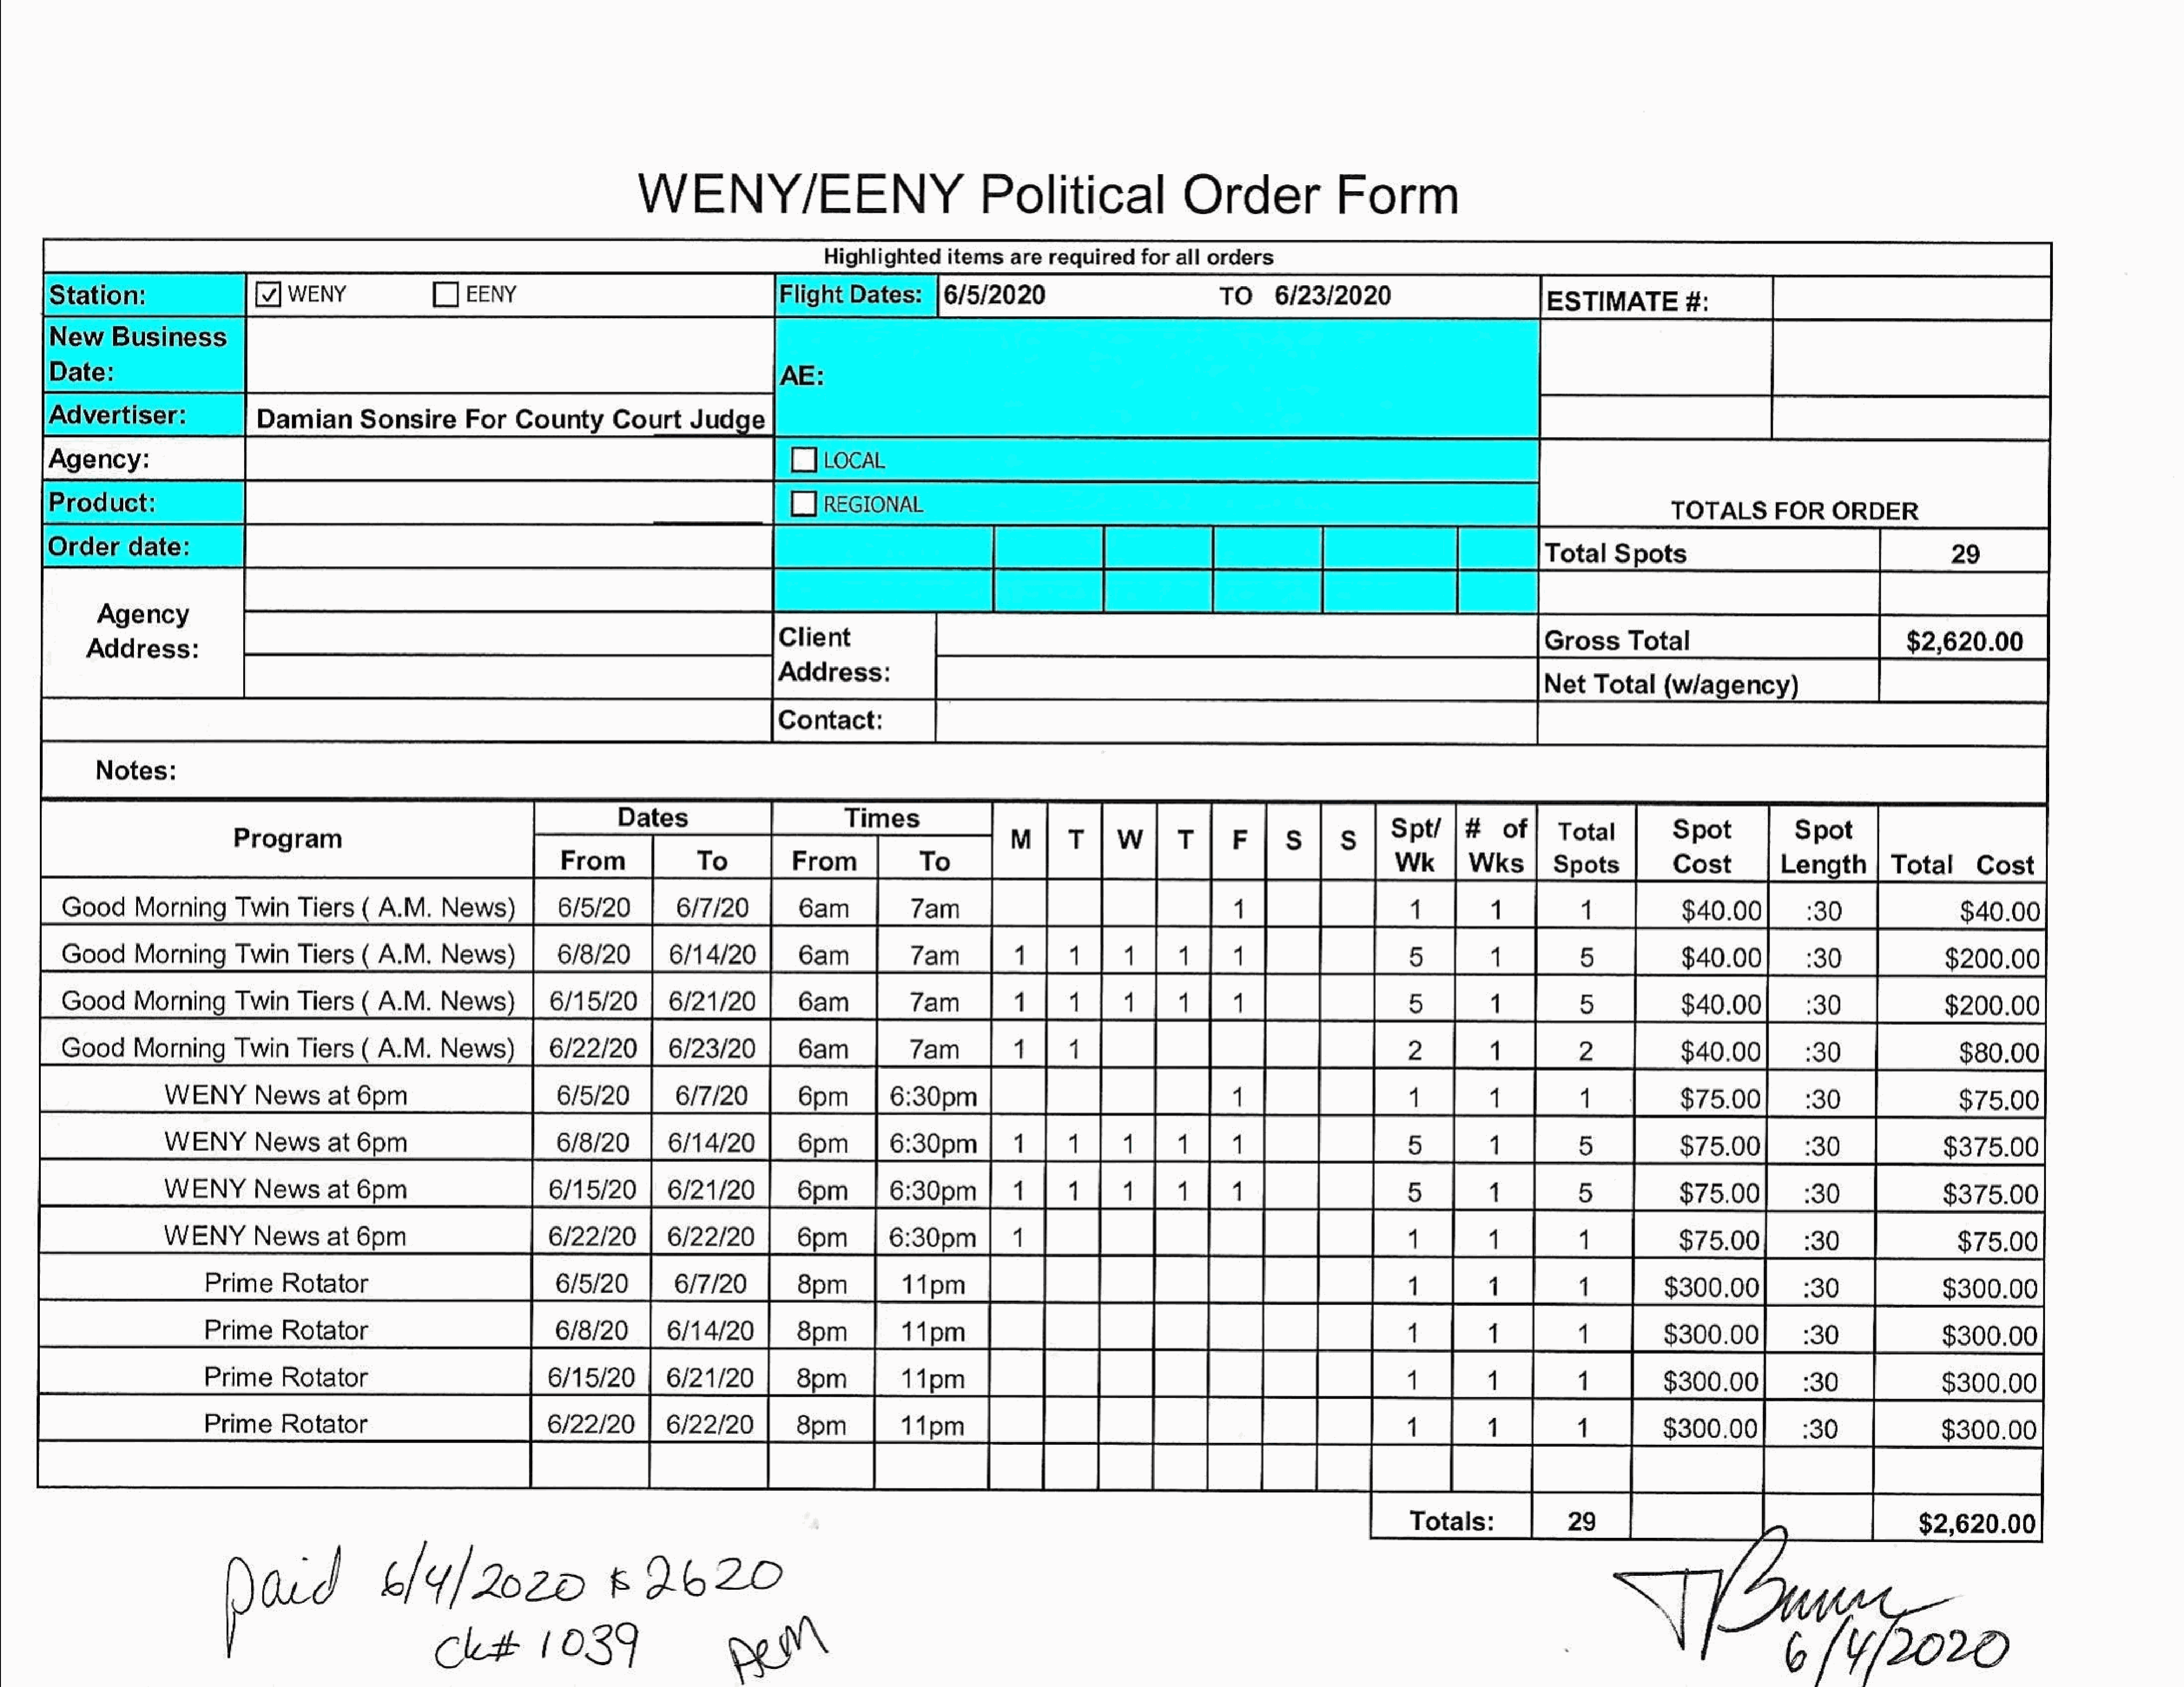
ee|laiee.
 WENY/EENY                                 Political                           Order                  Form
 Highlighted      items    are   requiredfor       all  orders
 Damian        Sonsire         For    County        Court      Judge    |                                                   a                                           :
 eee
 |
 [_]  LOCAL
 ee                                          |                   TOTALS         FOR     ORDER
 eee
 eR        ee                                                                                                                                                        |                   |__|Total             spots
 aes                                                                                                                                                       |                   eeee
 ee                                                                          lee
 $2,620.00
 Address:
 rea                                                                                                                                                                                       Net    Total     (wlagency)
 Spt/                    Total           Spot              Spot
 Program
 Wk                     Spots            Cost            Length|        Total        Cost
 ae      I       Na                                   1             [$40.00
 Good      Morning        Twin     Tiers      A.M.     News
 lal|                                                               $40.00]           _:30                $200.00
 Good      Morning        Twin     Tiers    (A.M.      News)            6/8/20          6/14/20
 7am
 Good      Morning        Twin    Tiers     (A.M.      News)           6/15/20          6/21/20
 $40.                                  $200.00
 |
 Good      Morning       Twin     Tiers     (A.M.      News)           6/22/20
 $80   .0  0
 WENY     Newsat            6pm                          6/5/20
 (0)     ae                    $75.00
 WENYNewsat                 6pm
 rm                                                                        fl         :                   $375.00
 WENYNewsat                 6pm
 Eas                                     1            5                    !                              $375.00
 $75.00
 Prime     Rotator                                6/5/20           6/7/20            8pm
 $300.00
 Prime      Rotator                                6/8/20          6/14/20
 $300.00
 Prime      Rotator                               6/15/20
 Prime      Rotator                               6/22/20
 $300.00
 E                     $2,620.00
 pad                   6/4/2020                         6    2620
 G   /yn0r
 Cl             1039                       gi
 =
 a
 a
 a
 se
 f
 noj
 a